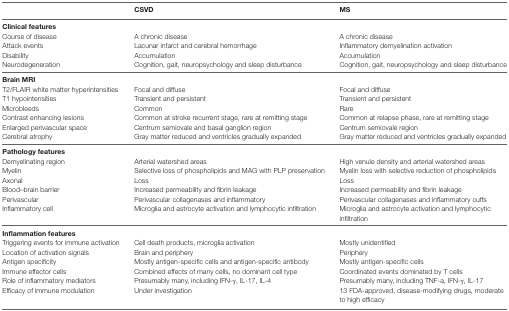
<table><thead><tr><td></td><td><b>CSVD</b></td><td><b>MS</b></td></tr></thead><tbody><tr><td colspan="3"><b>Clinical features</b></td></tr><tr><td>Course of disease</td><td>A chronic disease</td><td>A chronic disease</td></tr><tr><td>Attack events</td><td>Lacunar infarct and cerebral hemorrhage</td><td>Inflammatory demyelination activation</td></tr><tr><td>Disability</td><td>Accumulation</td><td>Accumulation</td></tr><tr><td>Neurodegeneration</td><td>Cognition, gait, neuropsychology and sleep disturbance</td><td>Cognition, gait, neuropsychology and sleep disturbance</td></tr><tr><td colspan="3"><b>Brain MRI</b></td></tr><tr><td>T2/FLAIR white matter hyperintensities</td><td>Focal and diffuse</td><td>Focal and diffuse</td></tr><tr><td>T1 hypointensities</td><td>Transient and persistent</td><td>Transient and persistent</td></tr><tr><td>Microbleeds</td><td>Common</td><td>Rare</td></tr><tr><td>Contrast enhancing lesions</td><td>Common at stroke recurrent stage, rare at remitting stage</td><td>Common at relapse phase, rare at remitting stage</td></tr><tr><td>Enlarged perivascular space</td><td>Centrum semiovale and basal ganglion region</td><td>Centrum semiovale region</td></tr><tr><td>Cerebral atrophy</td><td>Gray matter reduced and ventricles gradually expanded</td><td>Gray matter reduced and ventricles gradually expanded</td></tr><tr><td colspan="3"><b>Pathology features</b></td></tr><tr><td>Demyelinating region</td><td>Arterial watershed areas</td><td>High venule density and arterial watershed areas</td></tr><tr><td>Myelin</td><td>Selective loss of phospholipids and MAG with PLP preservation</td><td>Myelin loss with selective reduction of phospholipids</td></tr><tr><td>Axonal</td><td>Loss</td><td>Loss</td></tr><tr><td>Blood–brain barrier</td><td>Increased permeability and fibrin leakage</td><td>Increased permeability and fibrin leakage</td></tr><tr><td>Perivascular</td><td>Perivascular collagenases and inflammatory</td><td>Perivascular collagenases and inflammatory cuffs</td></tr><tr><td>Inflammatory cell</td><td>Microglia and astrocyte activation and lymphocytic infiltration</td><td>Microglia and astrocyte activation and lymphocytic infiltration</td></tr><tr><td colspan="3"><b>Inflammation features</b></td></tr><tr><td>Triggering events for immune activation</td><td>Cell death products, microglia activation</td><td>Mostly unidentified</td></tr><tr><td>Location of activation signals</td><td>Brain and periphery</td><td>Periphery</td></tr><tr><td>Antigen specificity</td><td>Mostly antigen-specific cells and antigen-specific antibody</td><td>Mostly antigen-specific cells</td></tr><tr><td>Immune effector cells</td><td>Combined effects of many cells, no dominant cell type</td><td>Coordinated events dominated by T cells</td></tr><tr><td>Role of inflammatory mediators</td><td>Presumably many, including IFN-γ, IL-17, IL-4</td><td>Presumably many, including TNF-a, IFN-γ, IL-17</td></tr><tr><td>Efficacy of immune modulation</td><td>Under investigation</td><td>13 FDA-approved, disease-modifying drugs, moderate to high efficacy</td></tr></tbody></table>